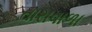
તારાવાળા